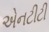
એનટીટી